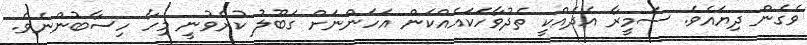
ވެގެން ދިޔައެވެ. ސަމީރާ އެދެއްކީ ތެދުވާހަކައެއްކަން އަހަންނަށް ގަބޫލު ކުރެވުނީ މިހާ ހިސާބުންނެވެ.